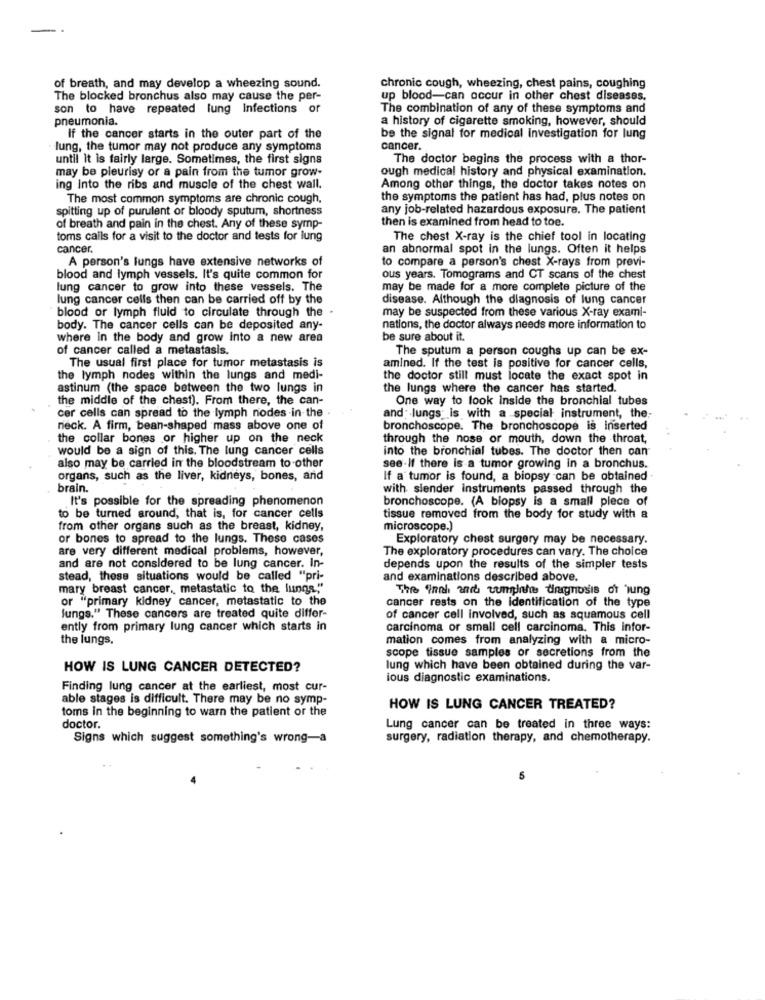
of breath, and may develop a wheezing sound.
chronic cough, wheezing, chest pains, coughing
The blocked bronchus also may cause the per-
up blood-can occur in other chest diseases.
son to have repeated lung infections or
The combination of any of these symptoms and
pneumonia.
a history of cigarette smoking, however, should
If the cancer starts in the outer part of the
be the signal for medical Investigation for lung
lung, the tumor may not produce any symptoms
cancer.
until It is fairly large. Sometimes, the first signs
The doctor begins the process with a thor-
may be pleurisy or a pain from the tumor grow-
ough medical history and physical examination.
ing Into the ribs and muscle of the chest wall.
Among other things, the doctor takes notes on
The most common symptoms are chronic cough,
the symptoms the patient has had, plus notes on
spitting up of purulent or bloody sputum, shortness
any job-related hazardous exposure. The patient
then is examined from head to toe.
of breath and pain in the chest. Any of these symp-
toms calls for a visit to the doctor and tests for lung
The chest X-ray is the chief tool in locating
cancer.
an abnormal spot in the lungs. Often it helps
A person's lungs have extensive networks of
to compare a person's chest X-rays from previ-
blood and lymph vessels. It's quite common for
ous years. Tomograms and CT scans of the chest
lung cancer to grow into these vessels. The
may be made for a more complete picture of the
lung cancer cells then can be carried off by the
disease. Although the diagnosis of lung cancer
blood or lymph fluid to circulate through the .
may be suspected from these various X-ray exami-
body. The cancer cells can be deposited any-
nations, the doctor always needs more information to
where in the body and grow Into a new area
be sure about it.
of cancer called a metastasis.
The sputum a person coughs up can be ex-
The usual first place for tumor metastasis is
amined. If the test is positive for cancer cells,
the lymph nodes within the lungs and medi-
the doctor still must locate the exact spot in
astinum (the space between the two lungs in
the lungs where the cancer has started.
the middle of the chest). From there, the can-
One way to look inside the bronchial tubes
cer cells can spread to the lymph nodes in the
and; lungs; is with a -special instrument, the
neck. A firm, bean-shaped mass above one of
bronchoscope. The bronchoscope is Inserted
the collar bones or higher up on the neck
through the nose or mouth, down the throat,
would be a sign of this. The lung cancer cells
into the bronchial tubes. The doctor then can
also may be carried in the bloodstream to other
see-If there is a tumor growing in a bronchus.
organs, such as the liver, kidneys, bones, and
If a tumor is found, a biopsy can be obtained
brain.
with slender instruments passed through the
It's possible for the spreading phenomenon
bronchoscope. (A biopsy is a small piece of
to be turned around, that is, for cancer cells
tissue removed from the body for study with a
from other organs such as the breast, kidney,
microscope.)
or bones to spread to the lungs. These cases
Exploratory chest surgery may be necessary.
are very different medical problems, however,
The exploratory procedures can vary. The choice
and are not considered to be lung cancer. In-
depends upon the results of the simpler tests
stead, these situations would be called "pri-
and examinations described above.
mary breast cancer. metastatic to the lungs."
Thie innh anch tungplatos dagnosis or wung
or "primary kidney cancer, metastatic to the
cancer rests on the Identification of the type
fungs." These cancers are treated quite differ-
of cancer cell involved, such as squamous cell
ently from primary lung cancer which starts in
carcinoma or small cell carcinoma. This infor-
the lungs.
mation comes from analyzing with a micro-
scope tissue samples or secretions from the
HOW IS LUNG CANCER DETECTED?
lung which have been obtained during the var-
ious diagnostic examinations.
Finding lung cancer at the earliest, most cur-
able stages is difficult. There may be no symp-
toms in the beginning to warn the patient or the
HOW IS LUNG CANCER TREATED?
doctor.
Lung cancer can be treated in three ways:
Signs which suggest something's wrong-a
surgery, radiation therapy, and chemotherapy.